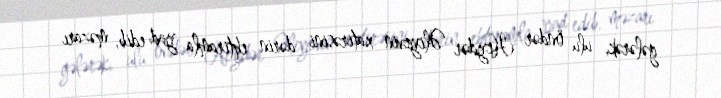
gələrək, ulu öndər Heydər Əliyevin xatirəsini dərin ehtiramla yad edib, məzarı